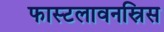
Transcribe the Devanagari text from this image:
फास्टलावनस्रिस